Annual report of the Punjab Veterinary College and of the Civil Veterinary Department, Punjab - 1920-1925
Year: 1920
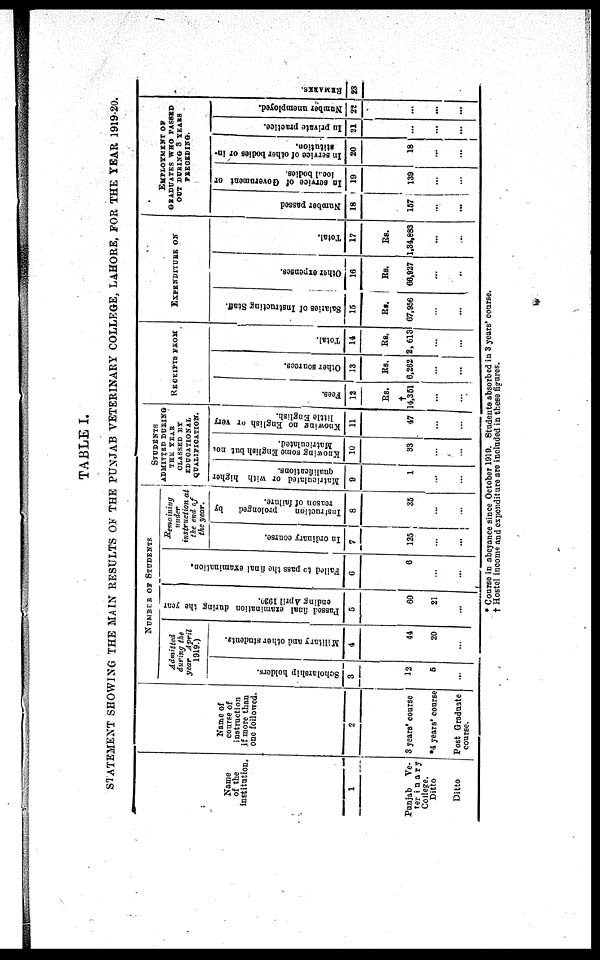
TABLE I.
STATEMENT SHOWI NG T H E MAI N RESULTS OF T H E PUNJAB VETERI NARY COLLEGE, LAHORE, F O R T H E YEAR 1919-20.
Name
o f t he
institution.
1
Punj ab Ve-
terinary
Col l ege.
Ditto
Ditto
Name of
course o f
instruction
i f mor e t han
o n e fol l owed.
2
3 years' course
*4 years' coarse
Post Graduat e
course.
NUMBER
O F STUDENTS
Admitted
during the
year April
1919. )
Scholarship holders.
3
12
5
...
Military and other students.
4
44
20
...
Passed final examination during the year
ending April 1920.
5
60
21
...
Failed to pass the final examination.
6
6
...
...
Remoi ni ng
under
instruction at
the end of
the year.
In ordinary course.
7
125
...
...
Instruction prolonged by
reason of failure.
8
35
...
...
STUDENTS
ADMI TI ED DURI NG
THE YEAR
CLASSED BY
EDUCATI ONAL
QUALI FI CATI ON.
Matriculated or with higher
qualifications.
9
1
...
...
Knowing some English but not
Matriculated.
10
33
...
...
Knowing
no English or very
little English.
11
47
...
...
RECEIPTS FROM
Fees.
12
†
14, 361
...
...
Other sources.
13
Rs .
6, 262
...
...
Total.
14
Rs .
2, 613
...
...
EXPENDI TURE ON
Salaries of Instructing Staff.
15
Rs .
67, 956
...
...
Other expenses.
16
Rs .
66, 927
...
...
Total.
17
Rs.
1, 34, 883
...
...
EMPLOYMENT OF
GRADUATES W H O PASSI D
O U T DURI NG 3 YEARS
PREORDI NG.
Number passed
18
167
...
...
In service of Government or
local bodies.
19
139
...
...
In service of other bodies or in-
stitution.
20
18
...
...
In private practice.
21
...
...
...
Number unemployed.
22
...
...
...
RE MARKS .
23
• Course i n abeyance si nce Oct ober 1 9 1 9 . St udent s absorbed i n 3 years' course.
† Host el i ncome a n d expendi t ure ar e i ncl uded i n t hese figures.